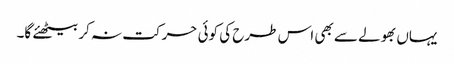
یہاں بھولے سے بھی اس طرح کی کوئی حرکت نہ کر بیٹھئے گا۔